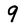
Character: 9